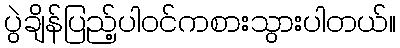
ပွဲချိန်ပြည့်ပါဝင်ကစားသွားပါတယ်။